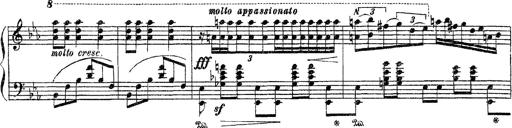
Title: Apparitions
Composer: Franz Liszt